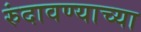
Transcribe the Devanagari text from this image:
रुंदावण्याच्या